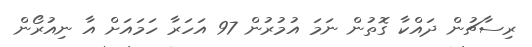
ރިސާޗުން ދައްކާ ގޮތުން ނަމަ އުމުރުން 97 އަހަރާ ހަމައަށް އާ ނިއުރޯން